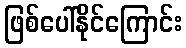
ဖြစ်ပေါ်နိုင်ကြောင်း